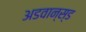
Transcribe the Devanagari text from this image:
अडवान्स्ड